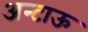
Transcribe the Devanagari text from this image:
अन्टाऊ